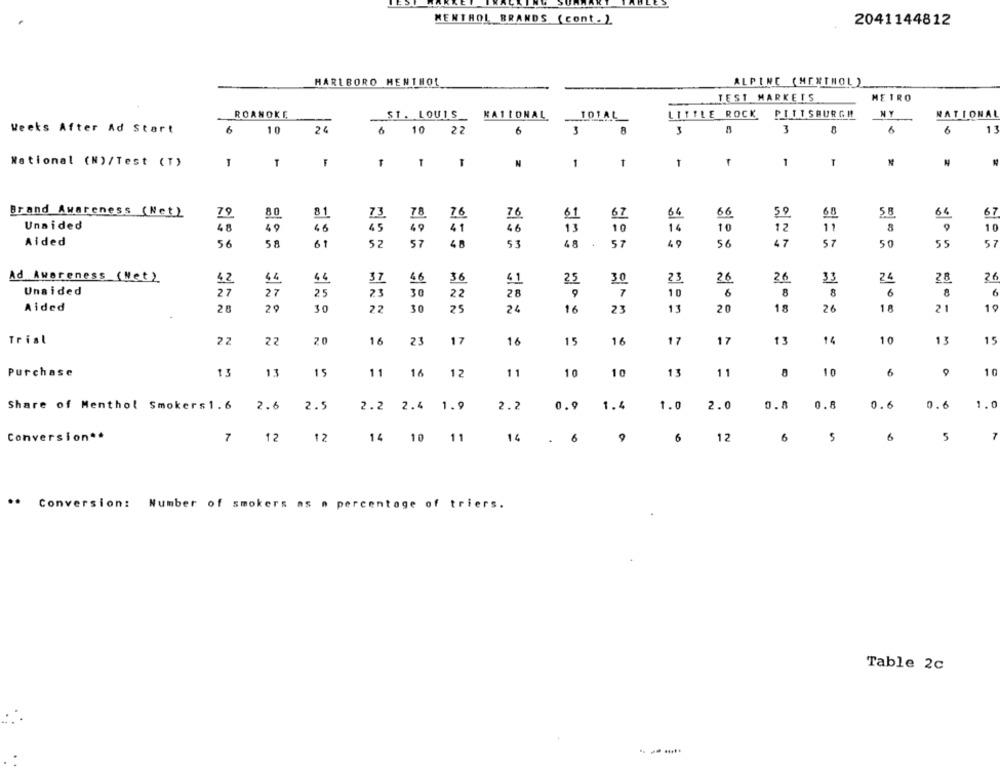
MENTHOL BRANDS (cont. )
2041144812
MARLBORO MENTHOL
ALPINE (MENTHOL)
TEST MARKETS
METRO
ROANOKE
ST. LOUIS
NATIONAL
LITTLE ROCK
PITTSBURGH
NY
NATIONAL
TOTAL
Weeks After Ad Start
6
10
24
6
10
22
6
3
3
3
6
6
1.
T
1
1
1
T
National (N)/Test (T)
T
N
1
Brand Awareness (Net)
79
80
81
7.3
78
76
7.6
61
67
66
50
5.8
66
67
Unaided
48
49
46
45
49
41
46
13
10
14
10
12
11
10
Aided
56
58
61
5 2
57
53
48
.
57
49
56
47
57
50
55
57
Ad Awareness (Net)
26
44
37
46
36
25
3.0
23
26
26
33
24
28
Unaided
27
25
23
30
28
7
6
8
8
6
6
22
9
10
Aided
25
30
30
25
20
26
18
21
19
29
24
16
23
13
18
10
Trist
22
22
20
16
23
17
16
15
16
17
17
13
14
13
15
Purchase
13
13
15
11
16
12
11
10
10
13
11
10
6
10
Share of Menthol Smokers1.6
2.6
2.5
2.2
2.4
1.9
2.2
0.9
1.4
1.0
2.0
0.8
0.8
0.6
0.6
1.0
Conversion **
7
12
12
14
10
11
14
6
6
12
6
5
6
5
.
..
Conversion: Number of smokers as n percentage of triers.
Table 2c